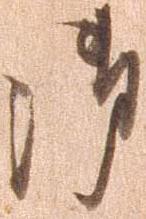
御